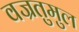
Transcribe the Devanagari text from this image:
वज्रतुमुल